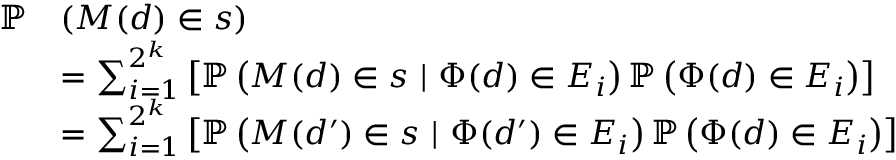
\begin{array} { r l } { \mathbb { P } } & { ( M ( d ) \in s ) } \\ & { = \sum _ { i = 1 } ^ { 2 ^ { k } } \left[ \mathbb { P } \left( M ( d ) \in s \ | \ \Phi ( d ) \in E _ { i } \right) \mathbb { P } \left( \Phi ( d ) \in E _ { i } \right) \right] } \\ & { = \sum _ { i = 1 } ^ { 2 ^ { k } } \left[ \mathbb { P } \left( M ( d ^ { \prime } ) \in s \ | \ \Phi ( d ^ { \prime } ) \in E _ { i } \right) \mathbb { P } \left( \Phi ( d ) \in E _ { i } \right) \right] } \end{array}